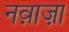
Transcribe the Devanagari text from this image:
नव़ाज़ा